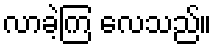
လာခဲ့ကြ လေသည်။